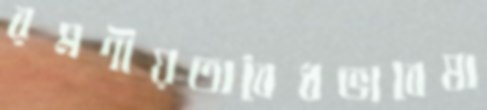
রমণীয়তাবৈধভাবেষা